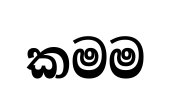
කමම